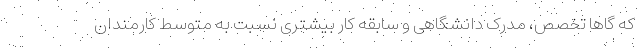
که گاهاً تخصص، مدرک دانشگاهی و سابقه کار بیشتری نسبت به متوسط کارمندان